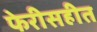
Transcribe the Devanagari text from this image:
फेरीसहीत